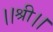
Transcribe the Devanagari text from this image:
।।श्री।।